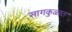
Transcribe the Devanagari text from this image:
सागकुळात